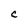
Character: C